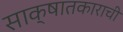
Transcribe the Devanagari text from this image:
साक्षातकाराची